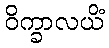
ဝိက္ခာလယိံ